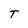
Character: T